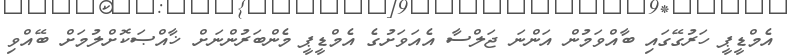
އެމްޑީޕީ ހަރުގޭގައި ބާއްވަމުން އަންނަ ޖަލްސާ އެއަވަށުގެ އެމްޑީޕީ މެންބަރުންނަށް ޚާއްޞަކޮށްލުމަށް ބޭއްވި